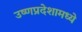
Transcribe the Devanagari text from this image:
उष्णप्रदेशामध्ये